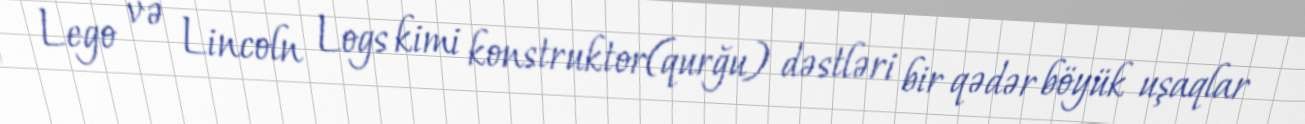
Lego və Lincoln Logs kimi konstruktor(qurğu) dəstləri bir qədər böyük uşaqlar